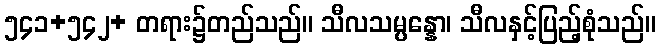
၅၄၁+၅၄၂+ တရား၌တည်သည်။ သီလသမ္ပန္နော၊ သီလနှင့်ပြည့်စုံသည်။